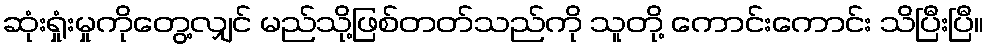
ဆုံးရှုံးမှုကိုတွေ့လျှင် မည်သို့ဖြစ်တတ်သည်ကို သူတို့ ကောင်းကောင်း သိပြီးပြီ။